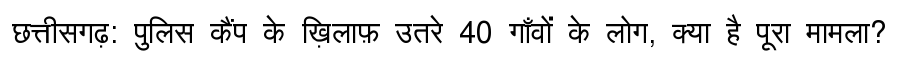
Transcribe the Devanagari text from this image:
छत्तीसगढ़: पुलिस कैंप के ख़िलाफ़ उतरे 40 गाँवों के लोग, क्या है पूरा मामला?